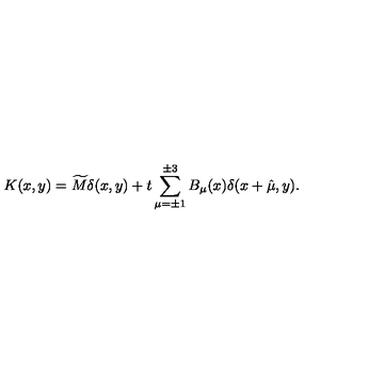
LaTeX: K ( x , y ) = \widetilde { M } \delta ( x , y ) + t \sum _ { \mu = \pm 1 } ^ { \pm 3 } B _ { \mu } ( x ) \delta ( x + \hat { \mu } , y ) .